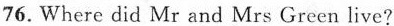
76. Where did Mr and Mrs Green live?